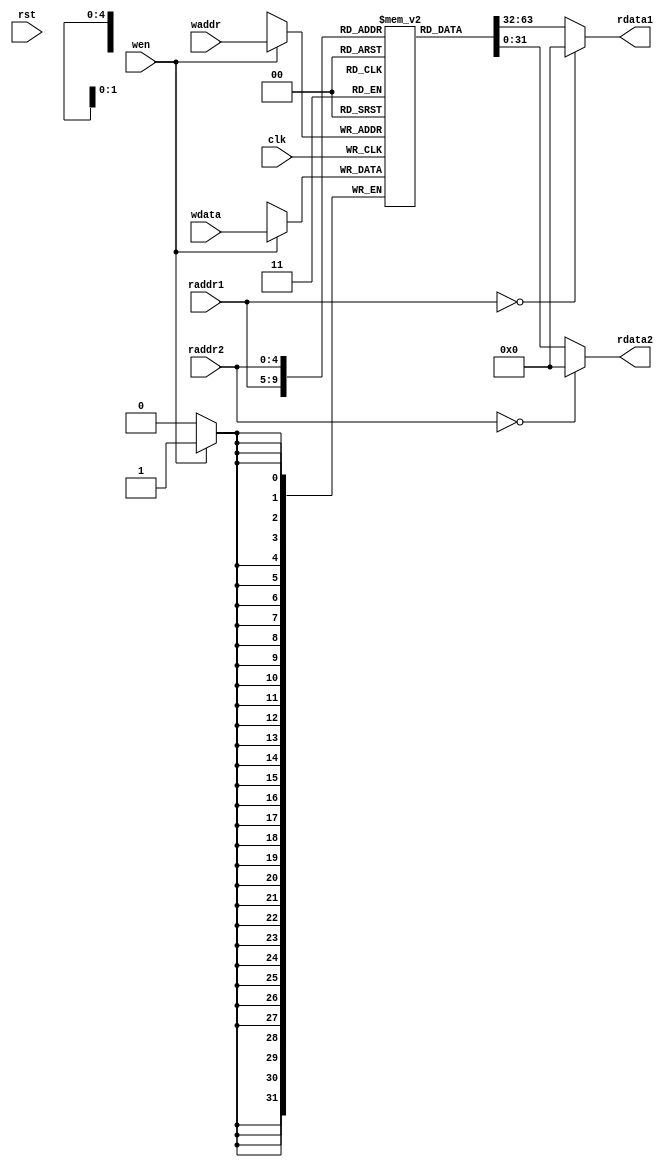
`timescale 10 ns / 1 ns

`define DATA_WIDTH 32
`define ADDR_WIDTH 5

module reg_file(
	input clk,
	input rst,
	input [`ADDR_WIDTH - 1:0] waddr,
	input [`ADDR_WIDTH - 1:0] raddr1,
	input [`ADDR_WIDTH - 1:0] raddr2,
	input wen,
	input [`DATA_WIDTH - 1:0] wdata,
	output [`DATA_WIDTH - 1:0] rdata1,
	output [`DATA_WIDTH - 1:0] rdata2
);

	// TODO: Please add your logic code here
	parameter FILE_WIDTH = 2 ** `ADDR_WIDTH;
	reg [`DATA_WIDTH - 1:0] reg_array [FILE_WIDTH - 1 :0];

	always @(posedge clk) begin
		if(wen) begin
			reg_array[waddr] <= wdata;
		end
	end
	
	assign rdata1 = (raddr1==`ADDR_WIDTH'b0)? `DATA_WIDTH'b0 : reg_array[raddr1];
	assign rdata2 = (raddr2==`ADDR_WIDTH'b0)? `DATA_WIDTH'b0 : reg_array[raddr2];

endmodule